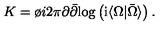
K = \o { i } { 2 \pi } \partial \bar { \partial } \mathrm { l o g } \left( \mathrm { i } \langle \Omega \vert \bar { \Omega } \rangle \right) .